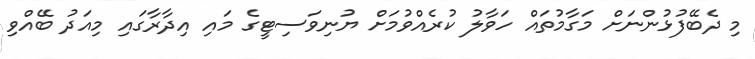
މި ދެބޭފުޅުންނަށް މަގާމުތައް ހަވާލު ކުރެއްވުމަށް ޔުނިވަސިޓީގެ މައި އިދާރާގައި މިއަދު ބޭއްވި